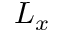
L _ { x }